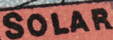
SOLAR